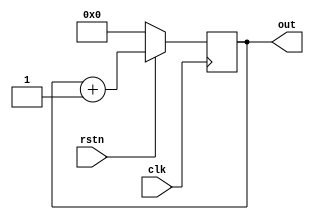
module counter_4bit (input clk,      
                  input rstn,output reg[3:0] out);             
  

  always @ (posedge clk) begin  
    if (! rstn)  
      out <= 0;  
    else  
      out <= out + 1;  
  end  
endmodule